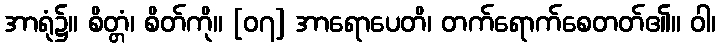
အာရုံ၌။ စိတ္တံ၊ စိတ်ကို။ [၀၇] အာရောပေတိ၊ တက်ရောက်စေတတ်၏။ ဝါ၊